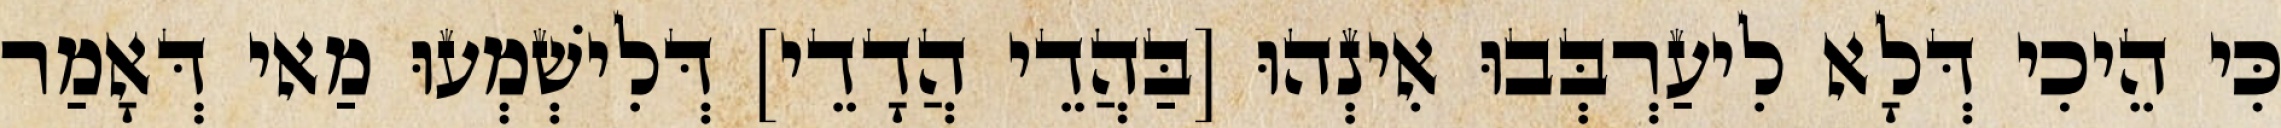
כִּי הֵיכִי דְּלָא לִיעַרְבְּבוּ אִינְהוּ [בַּהֲדֵי הֲדָדֵי] דְּלִישְׁמְעוּ מַאי דְּאָמַר